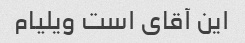
این آقای است ویلیام